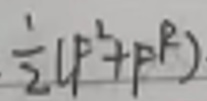
$\frac{1}{2}(p^{2}+p^{R})$